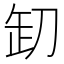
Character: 𠛺